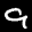
Label: 9